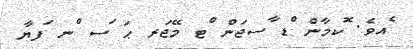
ެއވެ. ޮކމާން ްޑ ާސޖަން ްޓ މޭޖަރ ޙަ ަސ ްނ ަފޔާ